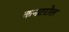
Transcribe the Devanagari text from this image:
कनटरोल